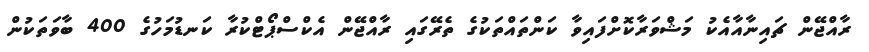
ރާއްޖޭން ޗައިނާއާއެކު މަޝްވަރާކޮށްފައިވާ ކަންތައްތަކުގެ ތެރޭގައި ރާއްޖޭން އެކްސްޕޯޓްކުރާ ކަނޑުމަހުގެ 400 ބާވަތަކުން